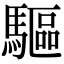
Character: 驅